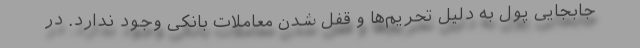
جابجایی پول به دلیل تحریم‌ها و قفل شدن معاملات بانکی وجود ندارد. در